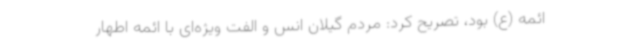
ائمه (ع) بود، تصریح کرد: مردم گیلان انس و الفت ویژه‌ای با ائمه اطهار